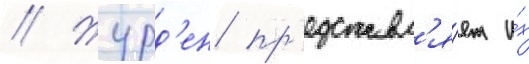
// Журд'ен пр'едставл'я́ет и́х